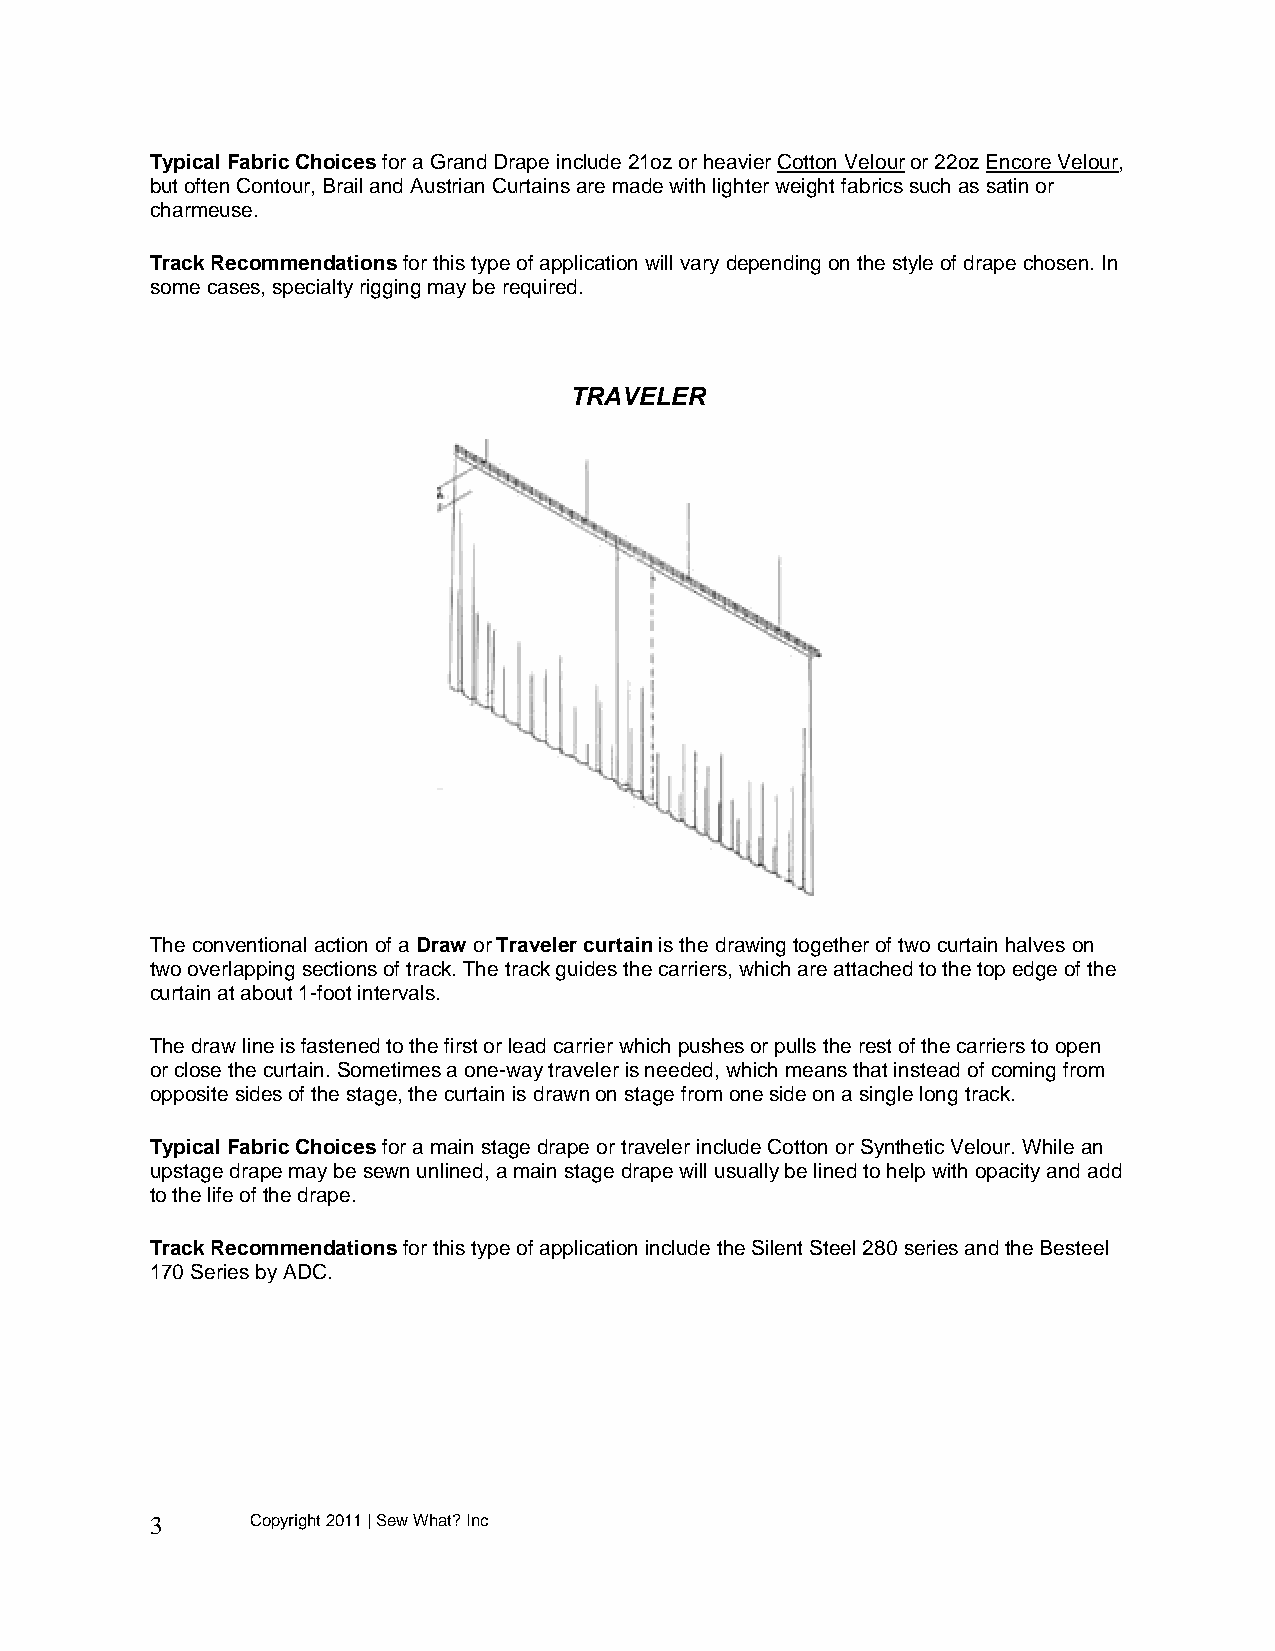
Typical Fabric Choices for a Grand Drape include 21oz or heavier Cotton Velour or 22oz Encore Velour,
 but often Contour, Brail and Austrian Curtains are made with lighter weight fabrics such as satin or
 charmeuse.
 Track Recommendations for this type of application will vary depending on the style of drape chosen. In
 some cases, specialty rigging may be required.
 TRAVELER
 The conventional action of a Draw or Traveler curtain is the drawing together of two curtain halves on
 two overlapping sections of track. The track guides the carriers, which are attached to the top edge of the
 curtain at about 1-foot intervals.
 The draw line is fastened to the first or lead carrier which pushes or pulls the rest of the carriers to open
 or close the curtain. Sometimes a one-way traveler is needed, which means that instead of coming from
 opposite sides of the stage, the curtain is drawn on stage from one side on a single long track.
 Typical Fabric Choices for a main stage drape or traveler include Cotton or Synthetic Velour. While an
 upstage drape may be sewn unlined, a main stage drape will usually be lined to help with opacity and add
 to the life of the drape.
 Track Recommendations for this type of application include the Silent Steel 280 series and the Besteel
 170 Series by ADC.
 3      Copyright 2011 | Sew What? Inc